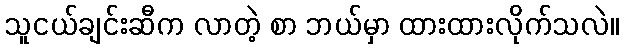
သူငယ်ချင်းဆီက လာတဲ့ စာ ဘယ်မှာ ထားထားလိုက်သလဲ။